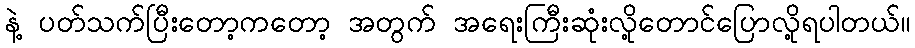
နဲ့ ပတ်သက်ပြီးတော့ကတော့ အတွက် အရေးကြီးဆုံးလို့တောင်ပြောလို့ရပါတယ်။